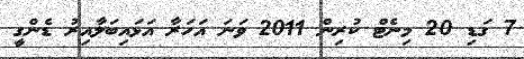
7 ގަޑި 20 މިނެޓް ކުރިން 2011 ވަނަ އަހަރާ އަޅައިބަލާއިރު ޑެންގީ